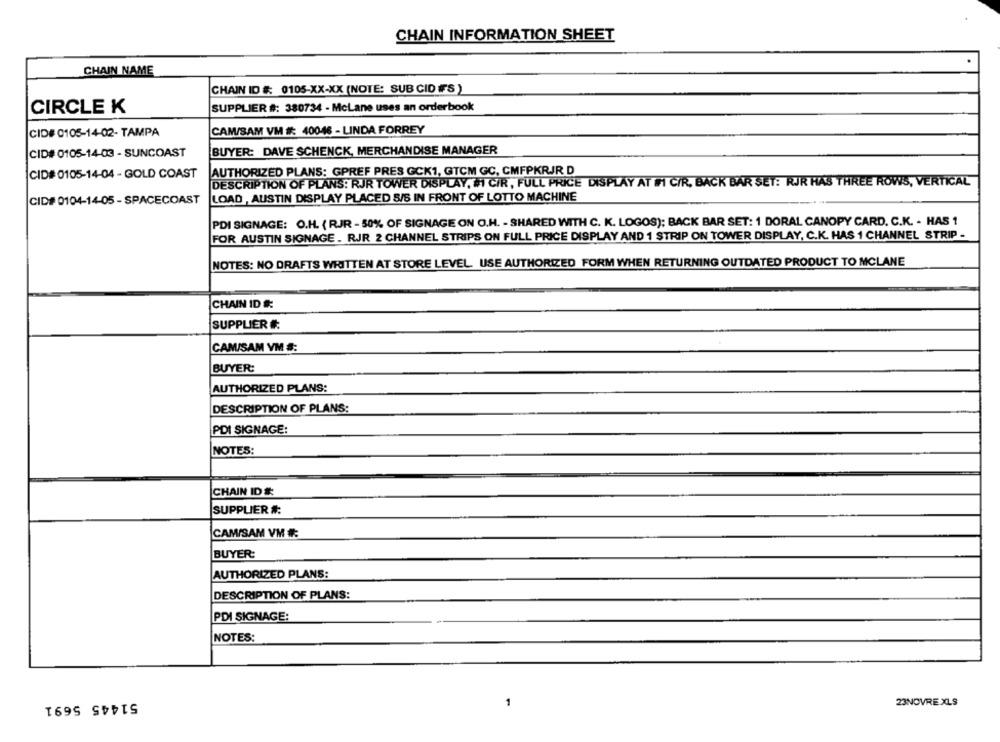
CHAIN INFORMATION SHEET
CHAIN NAME
CHAIN ID #: 0105-XX-XX (NOTE: SUB CID FFS )
CIRCLE K
SUPPLIER #: 380734 - McLane uses an orderbook
CID# 0105-14-02- TAMPA
CAM/SAM VM #: 40046 - LINDA FORREY
CID# 0105-14-03 - SUNCOAST
BUYER: DAVE SCHENCK, MERCHANDISE MANAGER
CID# 0105-14-04 - GOLD COAST
AUTHORIZED PLANS: GPREF PRES GCK1, GTCM GC, CMFPKRJR D
DESCRIPTION OF PLANS: RJR TOWER DISPLAY, MI CIR, FULL PRICE DISPLAY AT FI C/R, BACK BAR SET: RJR HAS THREE ROWS, VERTICAL
CID# 0104-14-05 - SPACECOAST
LOAD , AUSTIN DISPLAY PLACED S/S IN FRONT OF LOTTO MACHINE
PDI SIGNAGE: O.H. ( RJR - 50% OF SIGNAGE ON O.H. - SHARED WITH C. K. LOGOS); BACK BAR SET: 1 DORAL CANOPY CARD. C.K. - HAS 1
FOR AUSTIN SIGNAGE . RJR 2 CHANNEL STRIPS ON FULL PRICE DISPLAY AND 1 STRIP ON TOWER DISPLAY, C.K. HAS 1 CHANNEL STRIP -
NOTES: NO DRAFTS WRITTEN AT STORE LEVEL USE AUTHORIZED FORM WHEN RETURNING OUTDATED PRODUCT TO MCLANE
CHAIN ID #:
SUPPLIER #:
CAMISAM VM #:
BUYER:
AUTHORIZED PLANS:
DESCRIPTION OF PLANS:
PDI SIGNAGE:
NOTES:
CHAIN ID #
SUPPLIER #:
CAMISAM VM :
BUYER:
AUTHORIZED PLANS:
DESCRIPTION OF PLANS:
PDI SIGNAGE:
NOTES:
51445 5691
23NOVRE XLS